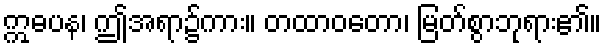
ဣဓပန၊ ဤအရာ၌ကား။ တထာဝတော၊ မြတ်စွာဘုရား၏။